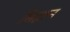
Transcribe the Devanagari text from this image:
सिद्धान